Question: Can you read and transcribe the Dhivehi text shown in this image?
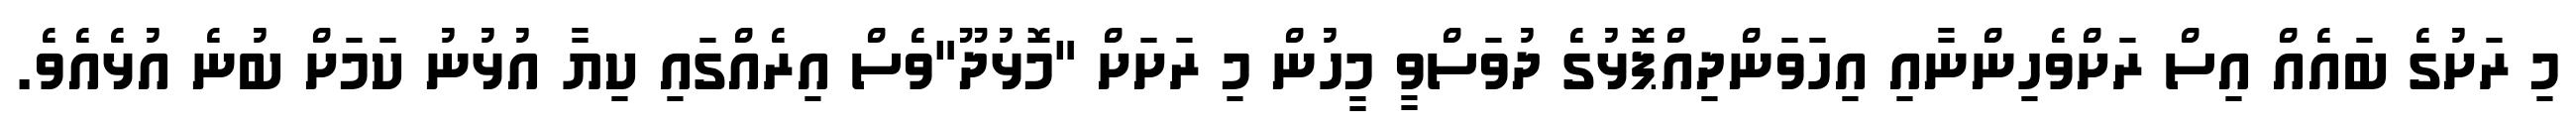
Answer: މި ރަށުގެ ބައެއް އިސް ރަށްވެހިންނާއި އިހަވަންދިއްޕޮޅުގެ ދުވަސްވީ މީހުން މި ރަށަށް "މޮޅުދޫ"ވެސް އިރެއްގައި ކިޔާ އުޅުނު ކަމަށް ބުނެ އުޅެއެވެ.